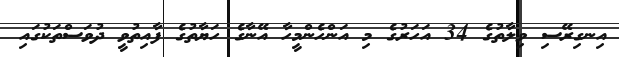
އިނގިރޭސި ވިލާތުގެ 34 އަހަރުގެ މި އަންހެންމީހާ އޭނާގެ ހަޔާތުގެ ފާއިތުވީ ދުވަސްތަކުގައި